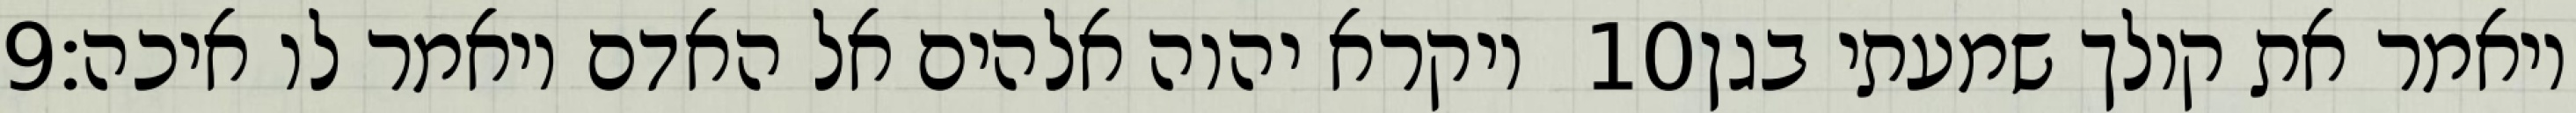
‎9‏ ויקרא יהוה אלהים אל האדם ויאמר לו איכה׃ ‎10‏ ויאמר את קולך שמעתי בגן